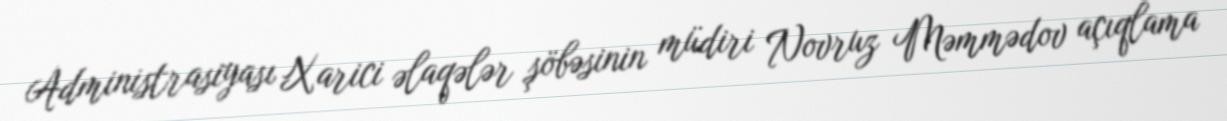
Administrasiyası Xarici əlaqələr şöbəsinin müdiri Novruz Məmmədov açıqlama